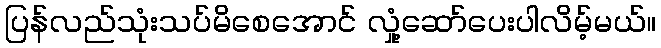
ပြန်လည်သုံးသပ်မိစေအောင် လှုံ့ဆော်ပေးပါလိမ့်မယ်။